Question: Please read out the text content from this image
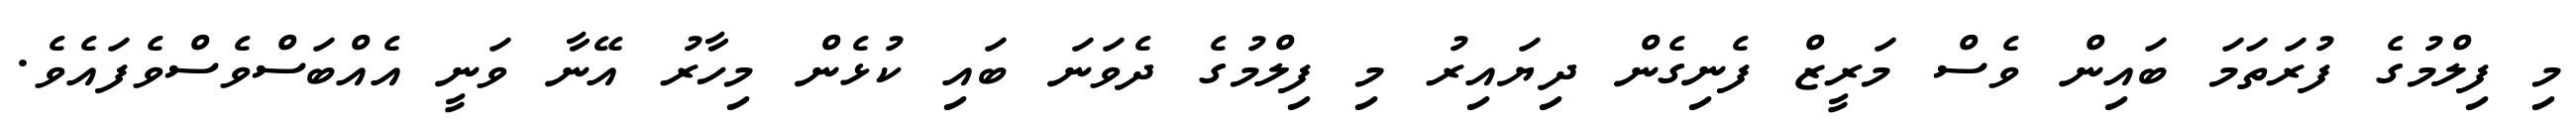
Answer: މި ފިލްމުގެ ފުރަތަމަ ބައިން ވެސް މަރީޒް ފެނިގެން ދިޔައިރު މި ފިލްމުގެ ދެވަނަ ބައި ކުޅެން މިހާރު އޭނާ ވަނީ އެއްބަސްވެސްވެފައެވެ.